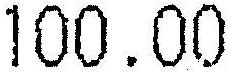
100.00